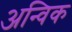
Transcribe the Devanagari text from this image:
अन्विक